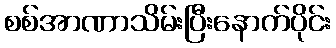
စစ်အာဏာသိမ်းပြီးနောက်ပိုင်း